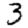
Digit: 3